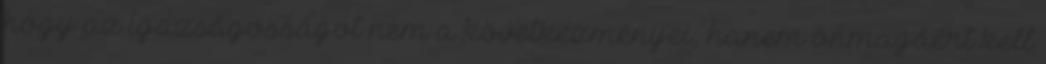
hogy az igazságosságot nem a következményei, hanem önmagáért kell